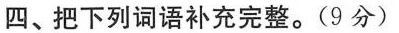
四、把下列词语补充完整。(9分)